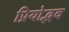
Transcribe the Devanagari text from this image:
प्रियोद्भव